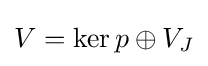
V=\operatorname {ker} p\oplus V_{J}